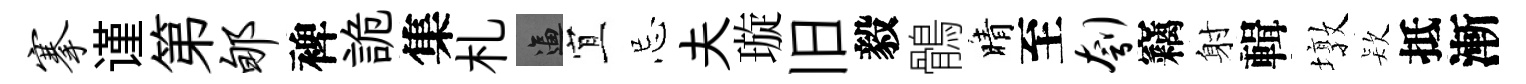
搴谨第郇裨詭集札逼宜忌夫璇旧毅鶻晴至刳竊射輯墩𣣇抵漸